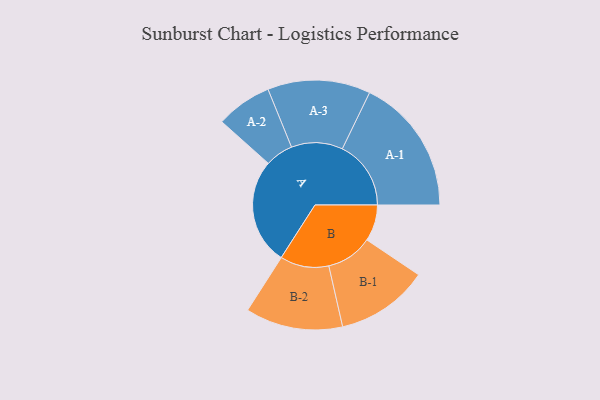
{"axis": {"x": "Segment", "y": "Value"}, "legend": ["", "A", "B"], "data": [{"x": "A", "y": 394, "type": ""}, {"x": "B", "y": 135, "type": ""}, {"x": "A-1", "y": 255, "type": "A"}, {"x": "A-2", "y": 104, "type": "A"}, {"x": "A-3", "y": 191, "type": "A"}, {"x": "B-1", "y": 172, "type": "B"}, {"x": "B-2", "y": 181, "type": "B"}]}